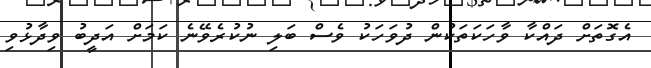
އެގޮތަށް ދައްކާ ވާހަކަތަކުން ދުވަހަކު ވެސް ބަލި ނުކުރެވޭނެ ކަމަށް އަދީބު ވިދާޅުވި